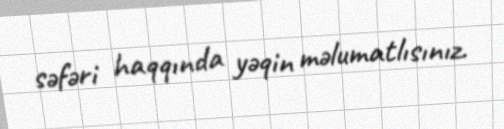
səfəri haqqında yəqin məlumatlısınız.